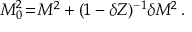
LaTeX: M _ { 0 } ^ { 2 } \! = \! M ^ { 2 } + ( 1 - \delta Z ) ^ { - 1 } \delta M ^ { 2 } \, .